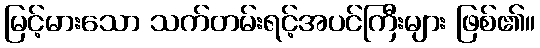
မြင့်မားသော သက်တမ်းရင့်အပင်ကြီးများ ဖြစ်၏။